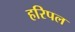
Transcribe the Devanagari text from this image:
हरिपल